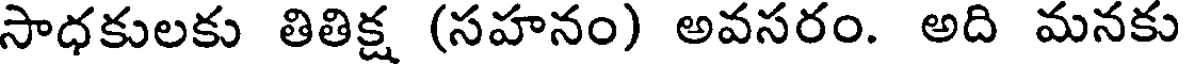
సాధకులకు తితిక్ష (సహనం) అవసరం. అది మనకు